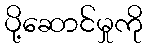
ပို့ဆောင်မှုကို